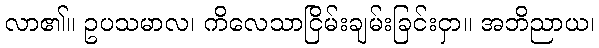
လာ၏။ ဥပသမာလ၊ ကိလေသာငြိမ်းချမ်းခြင်းငှာ။ အဘိညာယ၊